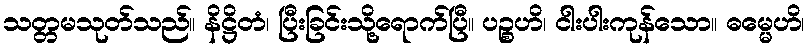
သတ္တမသုတ်သည်။ နိဋ္ဌိတံ၊ ပြီးခြင်းသို့ရောက်ပြီ။ ပဉ္စဟိ၊ ငါးပါးကုန်သော။ ဓမ္မေဟိ၊